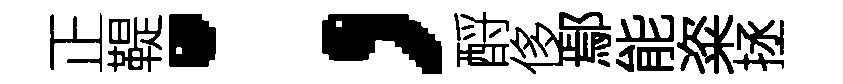
正鞮；酹侈鄢能粢拯